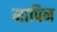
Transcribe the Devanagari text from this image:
मापिन